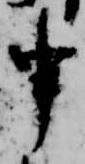
申